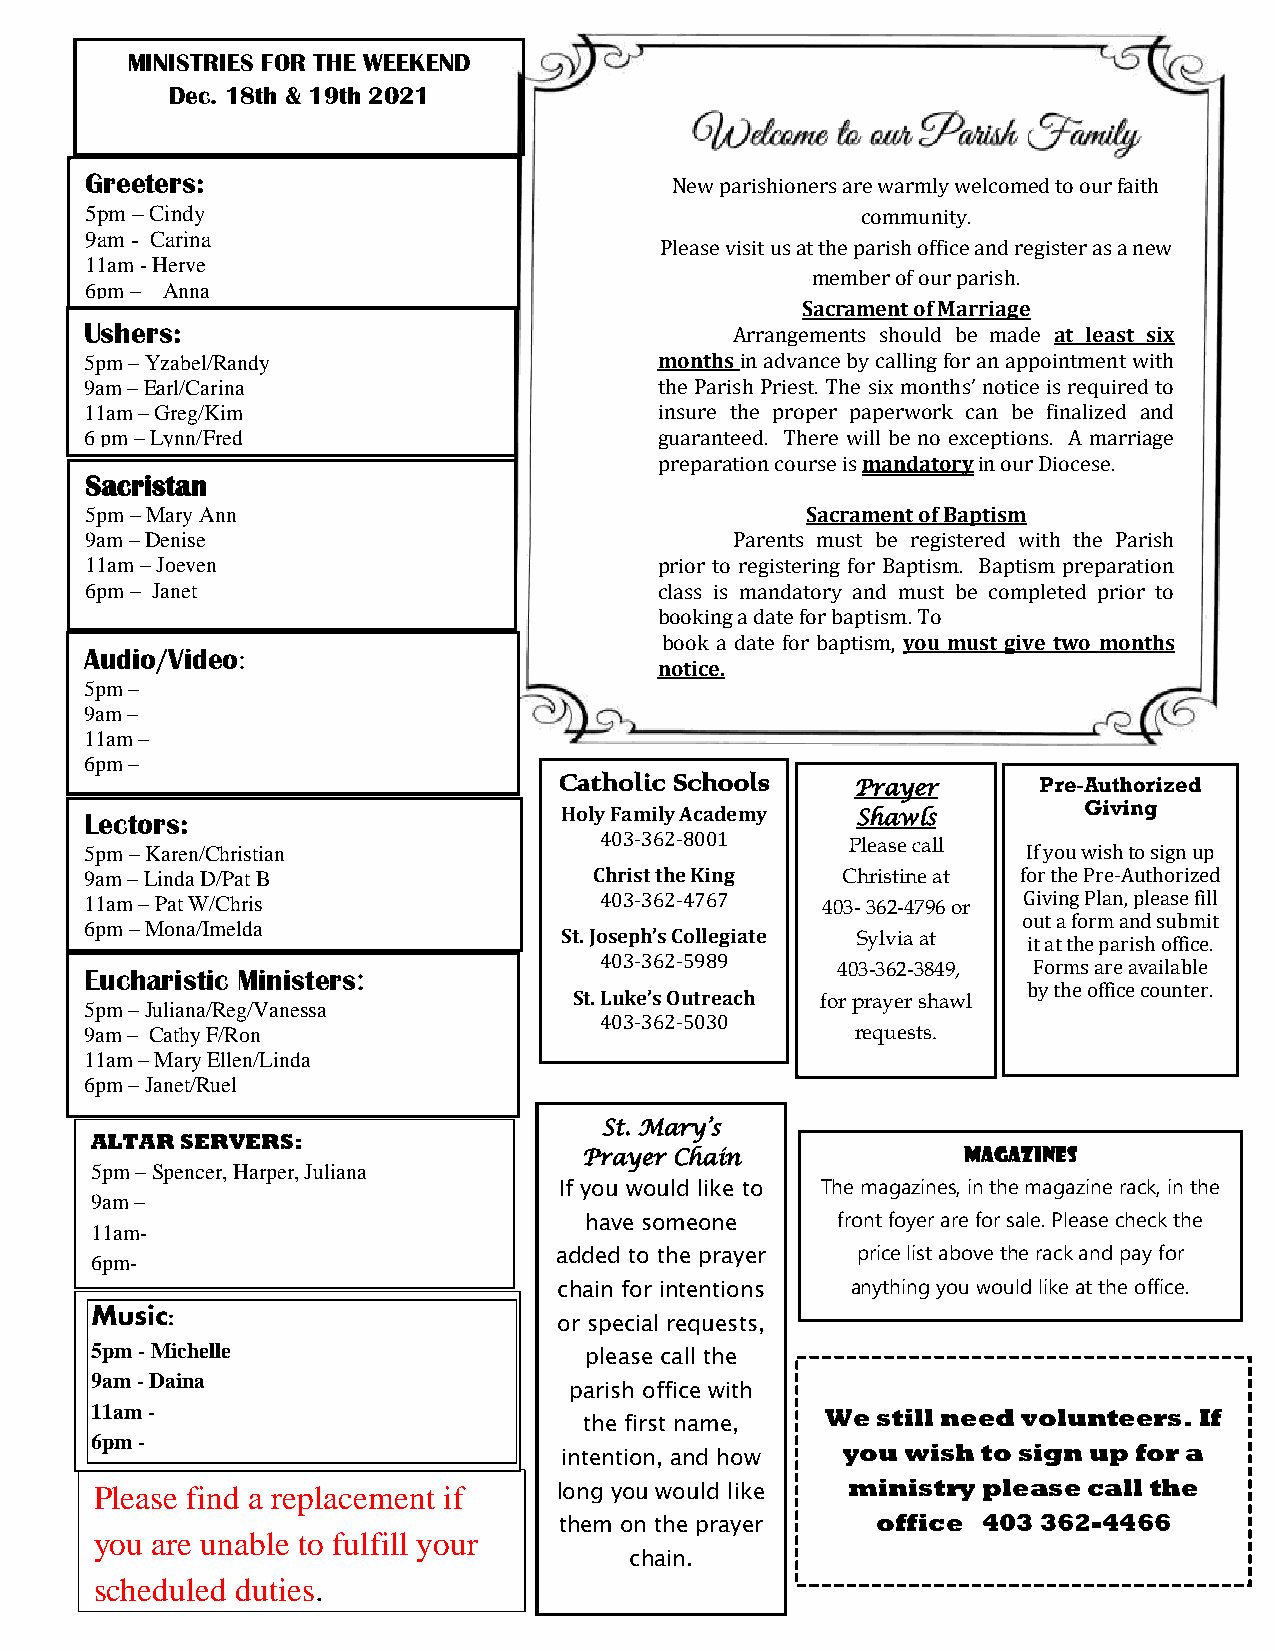
MINISTRIES FOR THE WEEKEND
 Dec. 18th & 19th 2021
 Greeters:
 New parishioners are warmly welcomed to our faith
 5pm – Cindy                                        community.
 9am - Carina
 Please visit us at the parish office and register as a new
 11am - Herve
 member of our parish.
 6pm – Anna
 Sacrament of Marriage
 Ushers:
 Arrangements should be made at least six
 5pm – Yzabel/Randy                    months in advance by calling for an appointment with
 9am – Earl/Carina                     the Parish Priest. The six months’ notice is required to
 11am – Greg/Kim                       insure the proper paperwork can be finalized and
 6 pm – Lynn/Fred                      guaranteed. There will be no exceptions. A marriage
 c5pm                                  preparation course is mandatory in our Diocese.
 Sacristan
 5pm – Mary Ann                                 Sacrament of Baptism
 9am – Denise                               Parents must be registered with the Parish
 11am – Joeven                         prior to registering for Baptism. Baptism preparation
 6pm – Janet                           class is mandatory and must be completed prior to
 booking a date for baptism. To
 book a date for baptism, you must give two months
 Audio/Video:
 notice.
 5pm –
 9am –
 11am –
 6pm –
 Catholic Schools    Prayer      Pre-Authorized
 Giving
 Lectors:                       Holy Family Academy Shawls
 403-362-8001
 5pm – Karen/Christian                             Please call If you wish to sign up
 9am – Linda D/Pat B              Christ the King  Christine at for the Pre-Authorized
 11am – Pat W/Chris                403-36 2-4767 403- 362-4796 or Giving Plan, please fill
 6pm – Mona/Imelda
 out a form and submit
 St. Joseph’s Collegiate Sylvia at it at the parish office.
 Eucharistic Ministers:            403-36 2-5989  403-362-3849, Forms are available
 by the office counter.
 St. Luke’s Outreach for prayer shawl
 5pm – Juliana/Reg/Vanessa
 403-362-5030
 9am – Cathy F/Ron                                  requests.
 11am – Mary Ellen/Linda
 6pm – Janet/Ruel
 St. Mary’s
 ALTAR SERVERS:
 Prayer Chain             Magazines
 5pm – Spencer, Harper, Juliana
 If you would like to The magazines, in the magazine rack, in the
 9am –
 have someone    front foyer are for sale. Please check the
 11am-
 added to the prayer price list above the rack and pay for
 6pm-
 chain for intentions anything you would like at the office.
 Music:
 or special requests,
 5pm - Michelle                   please call the
 9am - Daina
 parish office with
 11am -                                           We still need volunteers. If
 the first name,
 6pm -
 you wish to sign up for a
 intention, and how
 Please find a replacement if   long you would like ministry please call the
 them on the prayer   office 403 362-4466
 you are unable to fulfill your
 chain.
 scheduled duties.